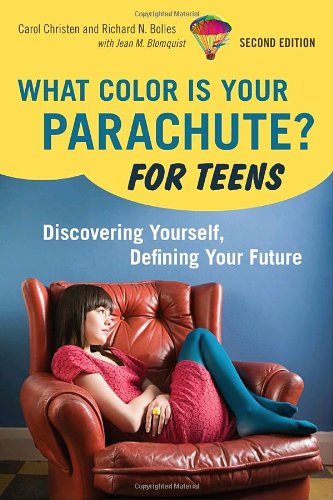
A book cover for What Color Is Your Parachute? For Teens, 2nd Edition: Discovering Yourself, Defining Your Future; Carol Christen; Teen & Young Adult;